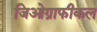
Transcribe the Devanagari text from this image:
जिओग्राफीकल